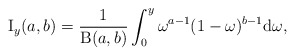
\begin{align*}\operatorname{I}_{y}(a,b) = \frac{1}{\operatorname{B}(a,b)}\int^{y}_{0} \omega^{a-1}(1-\omega)^{b-1}\mathrm{d}\omega,\end{align*}